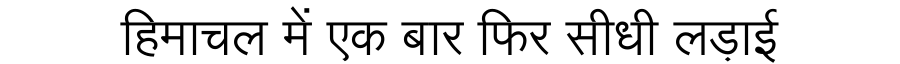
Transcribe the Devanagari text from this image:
हिमाचल में एक बार फिर सीधी लड़ाई